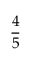
\frac { 4 } { 5 }